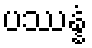
ပဿန္နံ